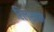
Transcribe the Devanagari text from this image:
रिल्सान